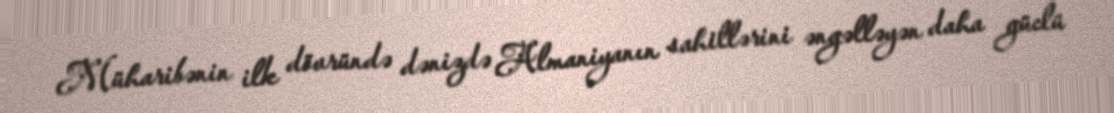
Müharibənin ilk dövründə dənizdə Almaniyanın sahillərini əngəlləyən daha güclü